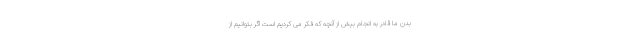
بدن ما قادر به انجام بیش از آنچه که فکر می کردیم است اگر بتوانیم از